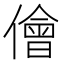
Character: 儈